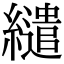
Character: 繾